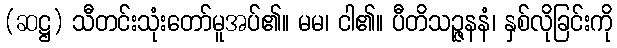
(ဆဋ္ဌ) သီတင်းသုံးတော်မူအပ်၏။ မမ၊ ငါ၏။ ပီတိသဉ္ဇနနံ၊ နှစ်လိုခြင်းကို